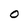
Character: O